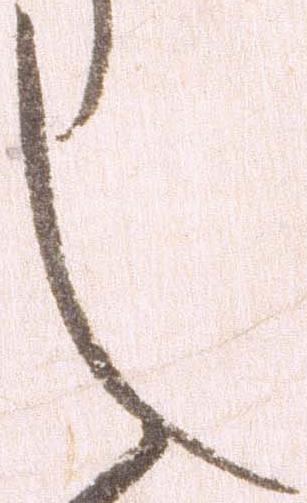
し